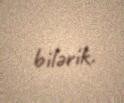
bilərik.